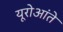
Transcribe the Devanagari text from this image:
यूरोआंते